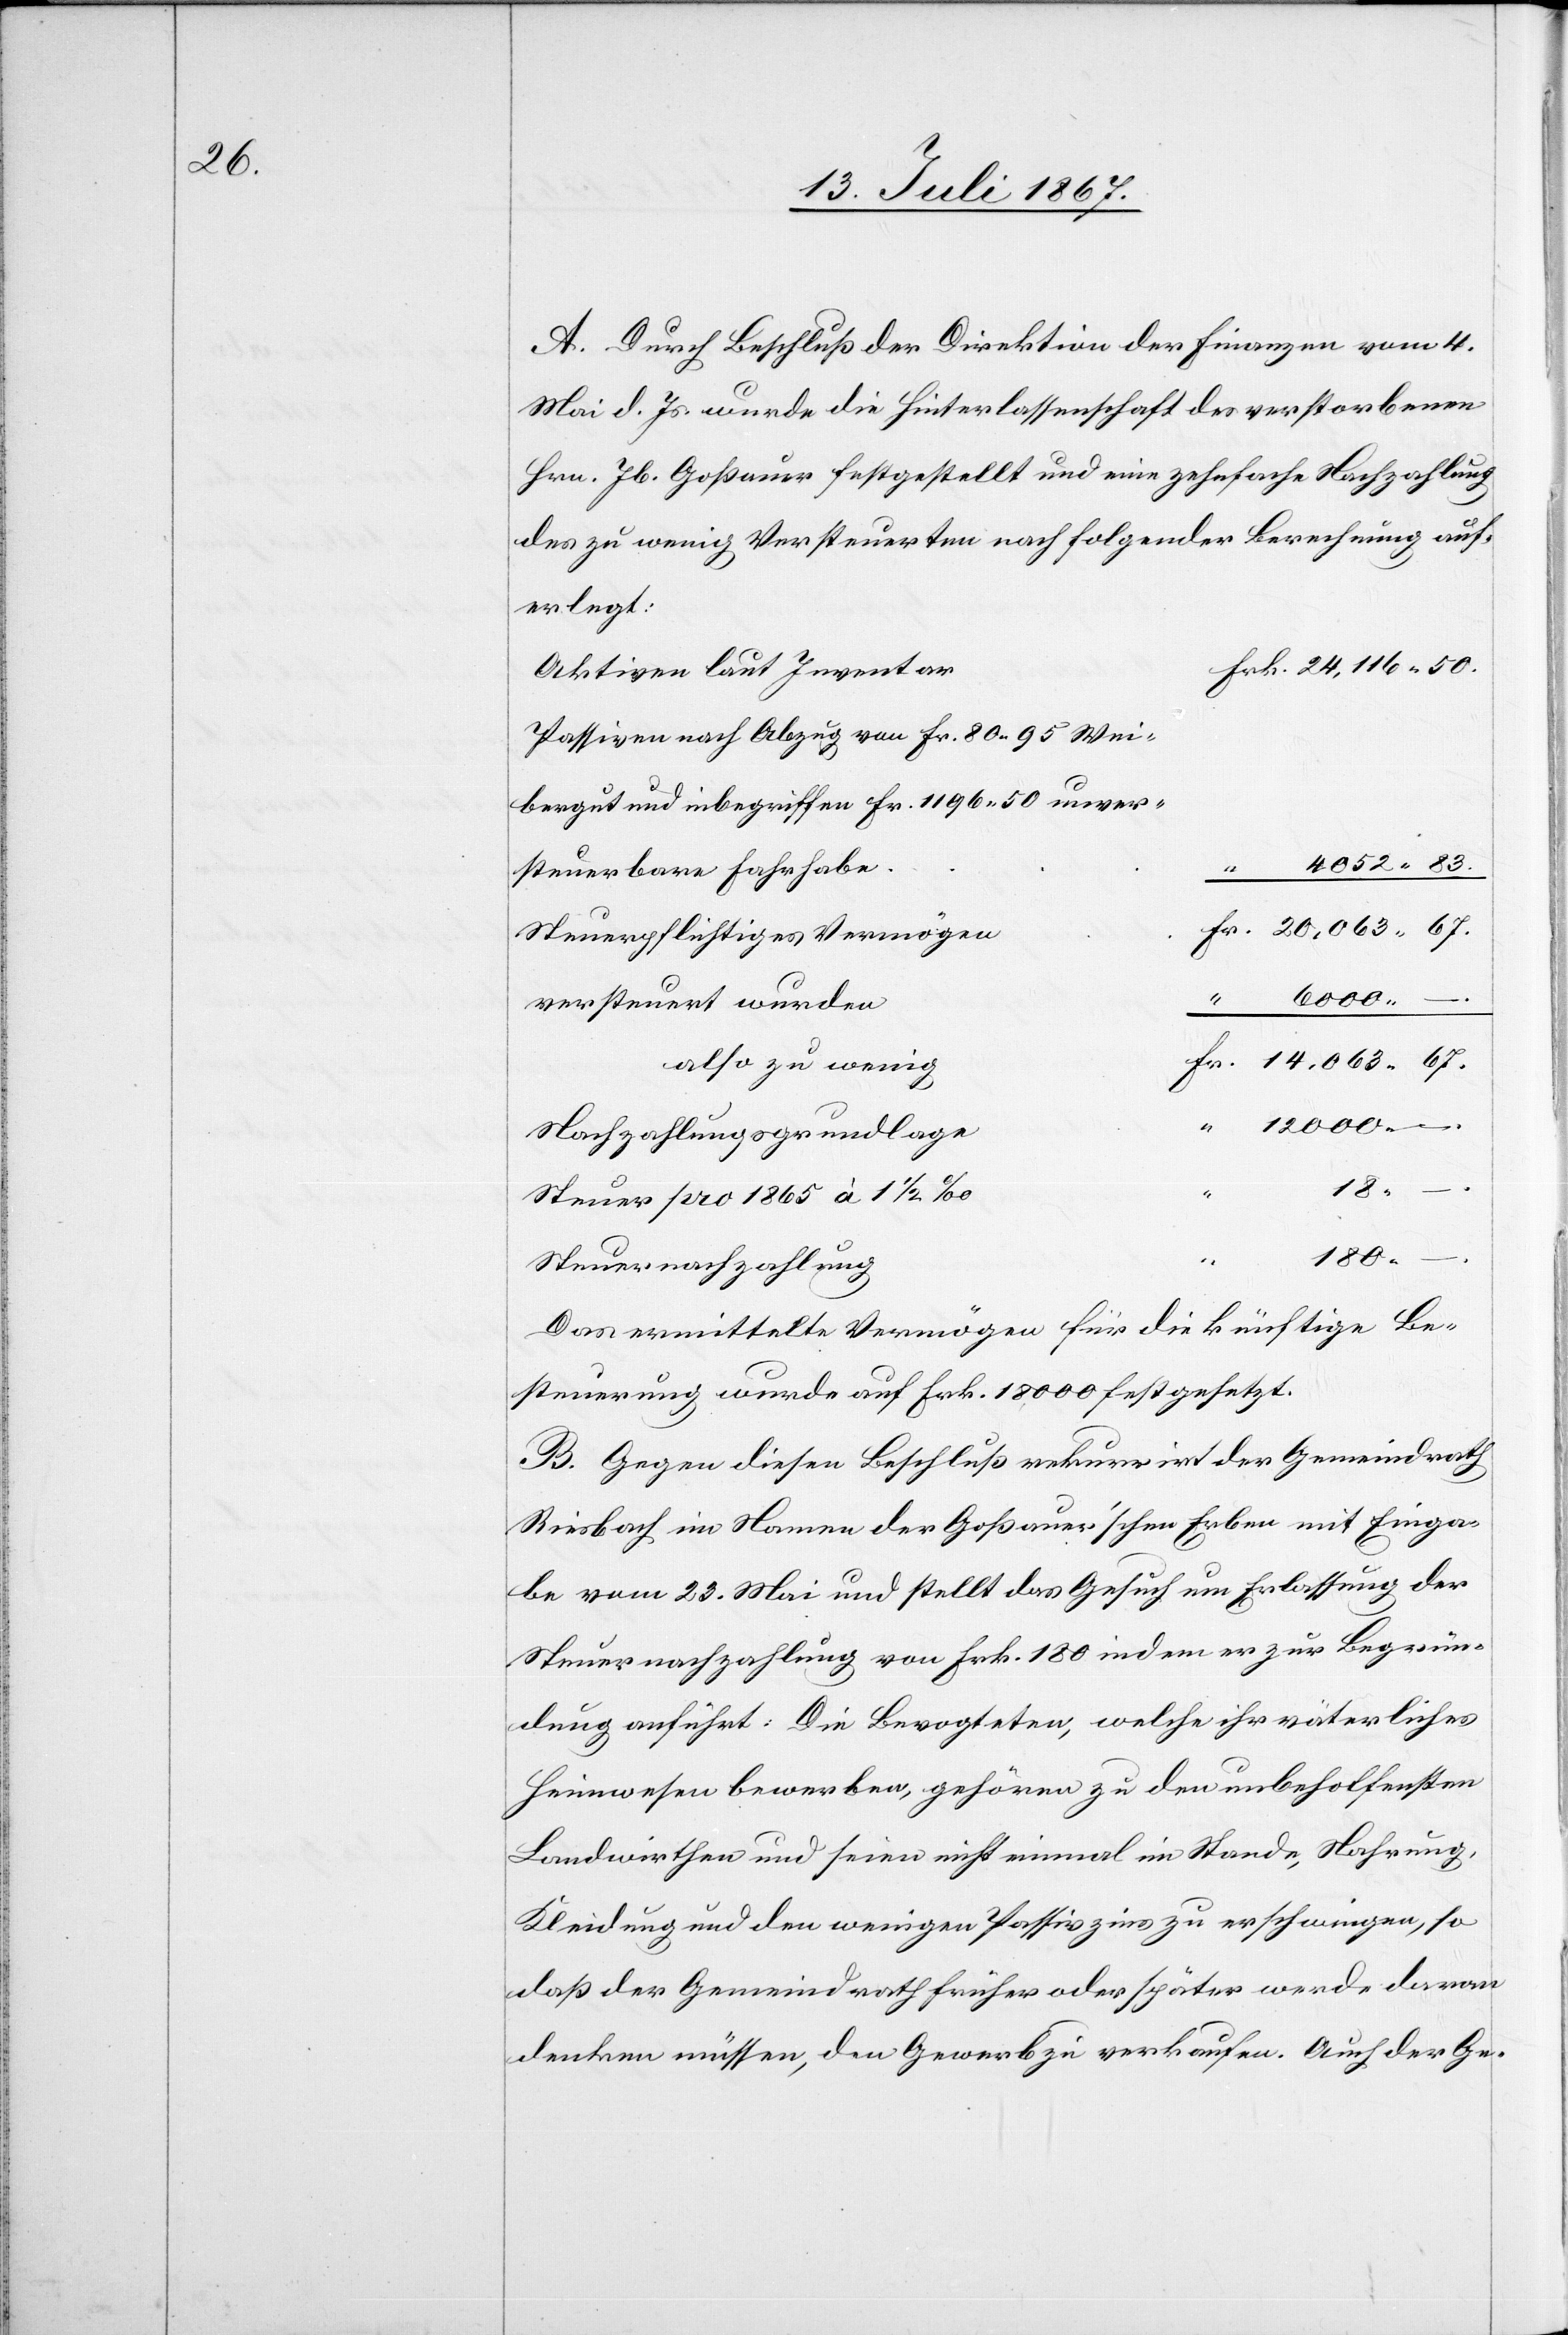
063.

A. Durch Beschluß der Direktion der Finanzen vom 4.
Mai d. Js. wurde die Hinterlassenschaft des verstorbenen
Hrn. Jb. Goßauer festgestellt und eine zehnfache Nachzahlung
des zu wenig Versteuerten nach folgender Berechnung auf¬
erlegt:
Aktiven laut Inventar
Passiven nach Abzug von Fr. 80.95 Wei¬
bergut und inbegriffen Fr. 1196.50 unver¬
steuerbare Fahrhabe
Steuerpflichtiges Vermögen
20
versteuert wurden
also zu wenig
Nachzahlungsgrundlage
18.
Steuer pro 1865 à 1 ½‰
–.
180.
Steuernachzahlung
Das ermittelte Vermögen für die künftige Be¬
steuerung wurde auf Frk. 18 000 festgesetzt.
B. Gegen diesen Beschluß rekurrirt der Gemeindrath
Riesbach im Namen der Goßauer’schen Erben mit Einga¬
be vom 23. Mai und stellt das Gesuch um Erlassung der
Steuernachzahlung von Frk. 180 indem er zur Begrün¬
dung anführt: Die Bevogteten, welche ihr väterliches
Heimwesen bewerben, gehören zu den unbeholfensten
Landwirthen und seien nicht einmal im Stande, Nahrung,
Kleidung und den wenigen Passivzins zu erschwingen, so
daß der Gemeindrath früher oder später werde daran
denken müssen, den Gewerb zu verkaufen. Auch der Ge-